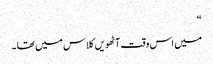
“
میں اس وقت آٹھویں کلاس میں تھا ۔